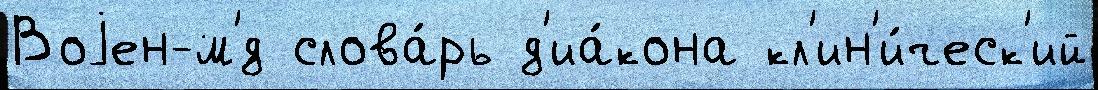
Воjен-м'́д слова́рь д'иа́кона кл'ин'и́ческ'ий